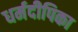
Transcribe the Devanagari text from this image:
धर्मदीपिका